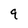
Character: 9